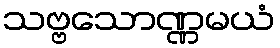
သဗ္ဗသောဏ္ဏမယံ